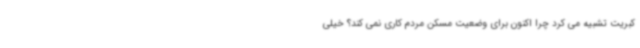
کبریت تشبیه می کرد چرا اکنون برای وضعیت مسکن مردم کاری نمی کند؟ خیلی